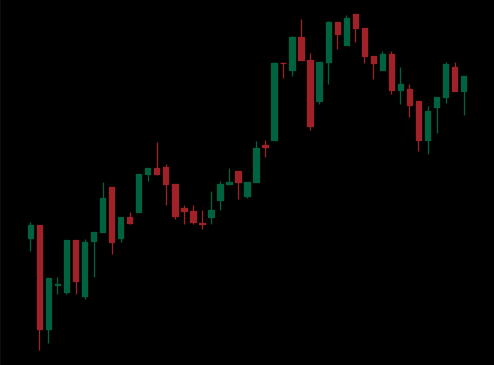
Pattern: bear_flag